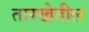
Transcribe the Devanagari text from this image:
तारखेतील